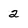
Character: 2